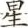
星